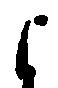
よ